Annual report on the Civil Veterinary Department, Burma (including the Insein Veterinary School) - 1932-1941
Year: 1932
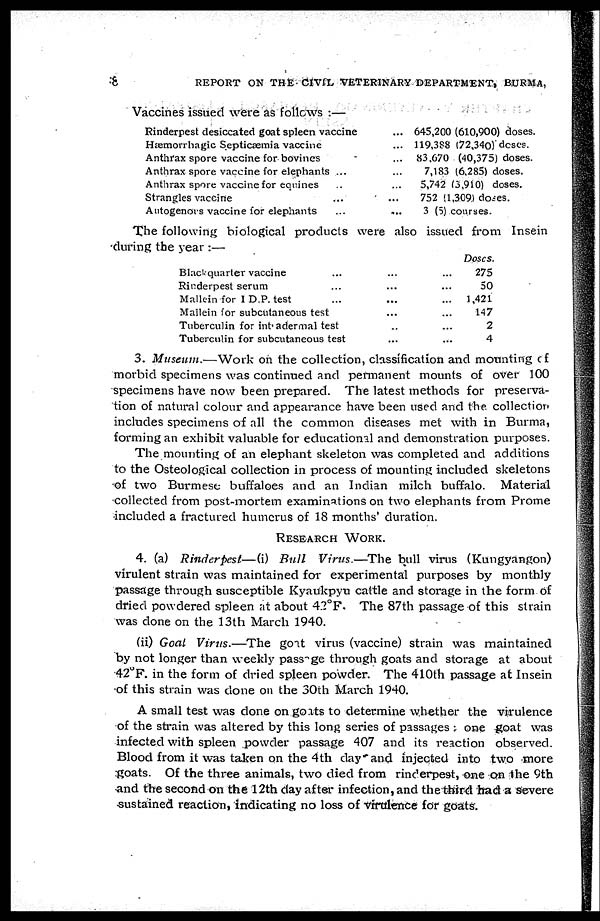
8
REPORT ON THE CIVIL VETERINARY DEPARTMENT, BURMA,
Vaccines issued were as follows :—
Rinderpest desiccated goat spleen vaccine
Hæmorrhagic Septicæmia vaccine
Anthrax spore vaccine for bovines
Anthrax spore vaccine for elephants ...
Anthrax spore vaccine for equities ...
Strangles vaccine ...
Autogenors vaccine for elephants ...
...
...
...
...
...
...
...
645,200 (610,900) doses.
119,388 (72,340) doses.
83,670 (40,375) doses.
7,183 (6,285) doses.
5,742 (3,910) doses.
752 (1,309) doses.
3 (5) courses.
The following biological products were also issued from Insein
during the year :—
Blackquarter vaccine ...
Rinderpest serum ...
Mallein for I D.P. test ...
Mallein for subcutaneous test
Tuberculin for intradermal test
Tuberculin for subcutaneous test
...
...
...
...
...
...
...
...
...
...
...
...
Doses.
275
50
1,421
147
2
4
3. Museum.—Work on the collection, classification and mounting of
morbid specimens was continued and permanent mounts of over 100
specimens have now been prepared. The latest methods for preserva-
tion of natural colour and appearance have been used and the. collection
includes specimens of all the common diseases met with in Burma,
forming an exhibit valuable for educational and demonstration purposes.
The mounting of an elephant skeleton was completed and additions
to the Osteological collection in process of mounting included skeletons
of two Burmese buffaloes and an Indian milch buffalo. Material
collected from post-mortem examinations on two elephants from Prome
included a fractured humerus of 18 months' duration.
RESEARCH WORK.
4. (a) Rinderpest—(i) Bull Virus.—The bull virus (Kungyangon)
virulent strain was maintained for experimental purposes by monthly
passage through susceptible Kyaukpyu cattle and storage in the form of
dried powdered spleen at about 4.?°F. The 87th passage of this strain
was done on the 13th March 1940.
(ii) Goal Virus.—The goat virus (vaccine) strain was maintained
by not longer than weekly passage through goats and storage at about
42°F. in the form of dried spleen powder. The 410th passage at Insein
of this strain was done on the 30th March 1940.
A small test was done on goats to determine whether the virulence
of the strain was altered by this long series of passages : one goat was
infected with spleen powder passage 407 and its reaction observed.
Blood from it was taken on the 4th day and injected into two more
goats. Of the three animals, two died from rinderpest, one on the 9th
and the second on the 12th clay after infection, and the third had a servere
sustained reaction, indicating no loss of virulence for goats.